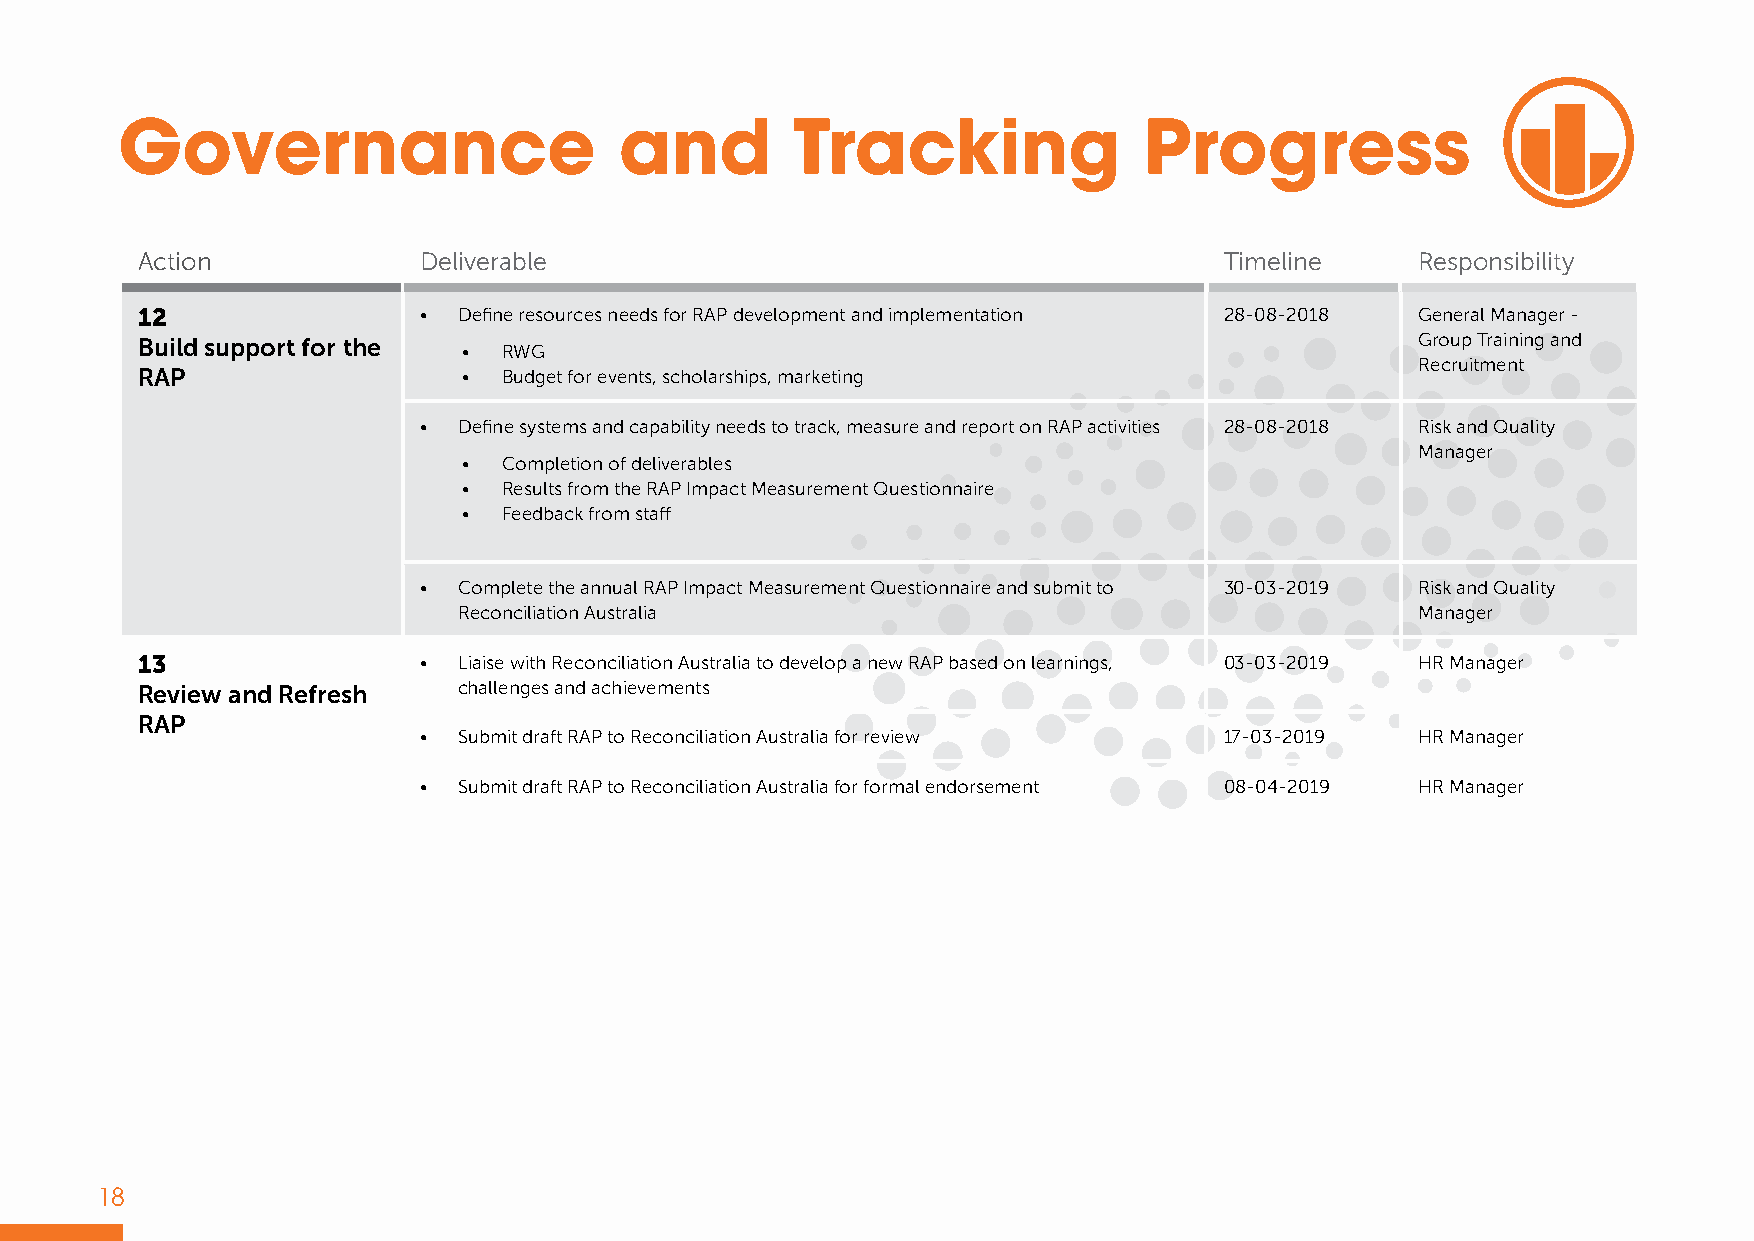
Governance                       and        Tracking                Progress
 Action             Deliverable                                          Timeline     Responsibility
 12                 • Define resources needs for RAP development and implementation 28-08-2018 General Manager -
 Build support for the                                                                Group Training and
 • RWG
 Recruitment
 RAP                   • Budget for events, scholarships, marketing
 • Define systems and capability needs to track, measure and report on RAP activities 28-08-2018 Risk and Quality
 Manager
 • Completion of deliverables
 • Results from the RAP Impact Measurement Questionnaire
 • Feedback from staff
 • Complete the annual RAP Impact Measurement Questionnaire and submit to 30-03-2019 Risk and Quality
 Reconciliation Australia                                        Manager
 13                 • Liaise with Reconciliation Australia to develop a new RAP based on learnings, 03-03-2019 HR Manager
 Review and Refresh   challenges and achievements
 RAP
 • Submit draft RAP to Reconciliation Australia for review 17-03-2019 HR Manager
 • Submit draft RAP to Reconciliation Australia for formal endorsement 08-04-2019 HR Manager
 18